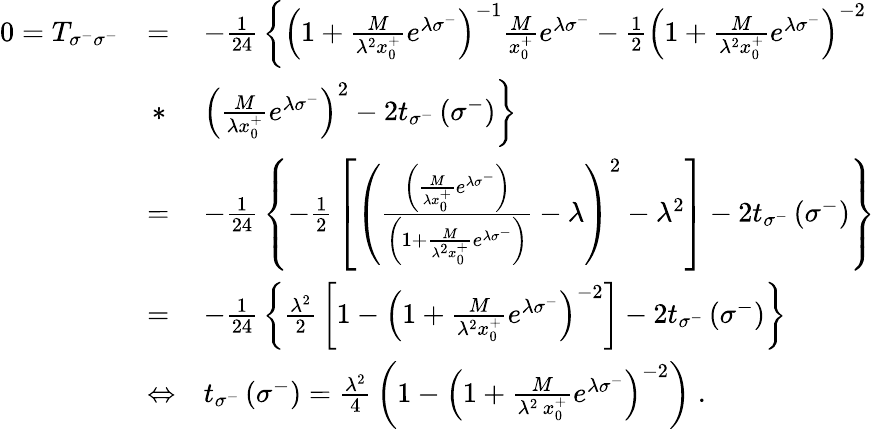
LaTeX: \begin{array}{lll}{{0=T_{\sigma^{-}\sigma^{-}}}}&{{=}}&{{-{\frac{1}{24}}\left\{ {\left(1+{\frac{M}{\lambda^{2}x_{0}^{+}}}e^{\lambda\sigma^{-}}\right)}^{-1}{\frac{M}{x_{0}^{+}}}e^{\lambda\sigma^{-}}-{\frac{1}{2}}{\left(1+{\frac{M}{\lambda^{2}x_{0}^{+}}}e^{\lambda\sigma^{-}}\right)}^{-2}\right.}}\\ {{\ }}&{{\, *}}&{{\left.{\left({\frac{M}{\lambda x_{0}^{+}}}e^{\lambda\sigma^{-}}\right)}^{2}-2t_{\sigma^{-}}\left(\sigma^{-}\right)\right\} }}\\ {{\ }}&{{=}}&{{-{\frac{1}{24}}\left\{ -{\frac{1}{2}}\left[{\left(\frac{\left({\frac{M}{\lambda x_{0}^{+}}}e^{\lambda\sigma^{-}}\right)}{\left(1+{\frac{M}{\lambda^{2}x_{0}^{+}}}e^{\lambda\sigma^{-}}\right)}-\lambda\right)}^{2}-\lambda^{2}\right]-2t_{\sigma^{-}}\left(\sigma^{-}\right)\right\} }}\\ {{\ }}&{{=}}&{{-{\frac{1}{24}}\left\{ {\frac{\lambda^{2}}{2}}\left[1-{\left(1+{\frac{M}{\lambda^{2}x_{0}^{+}}}e^{\lambda\sigma^{-}}\right)}^{-2}\right]-2t_{\sigma^{-}}\left(\sigma^{-}\right)\right\} }}\\ {{\ }}&{{\Leftrightarrow}}&{{t_{\sigma^{-}}\left(\sigma^{-}\right)={\frac{\lambda^{2}}{4}}\left(1-{\left(1+{\frac{M}{\lambda^{2}\, x_{0}^{+}}}e^{\lambda\sigma^{-}}\right)}^{-2}\right)\; .}}\end{array}